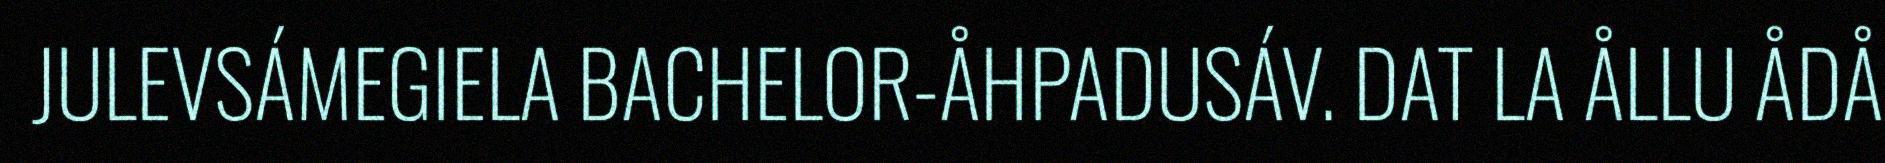
JULEVSÁMEGIELA BACHELOR-ÅHPADUSÁV. DAT LA ÅLLU ÅDÅ